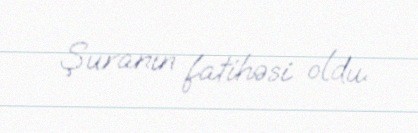
Şuranın fatihəsi oldu.